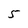
Character: 5